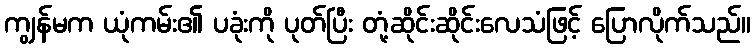
ကျွန်မက ယုံကမ်း၏ ပခုံးကို ပုတ်ပြီး တုံ့ဆိုင်းဆိုင်းလေသံဖြင့် ပြောလိုက်သည်။